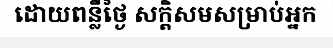
ដោយពន្លឺថ្ងៃ សក្តិសមសម្រាប់អ្នក